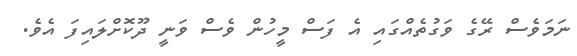
ނަމަވެސް ރޭގެ ވަގުތެއްގައި އެ ފަސް މީހުން ވެސް ވަނީ ދޫކޮށްލައިފަ އެވެ.